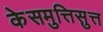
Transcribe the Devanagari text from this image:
केसमुत्तिसुत्त